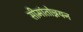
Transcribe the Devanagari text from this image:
सीमांतोन्नयन